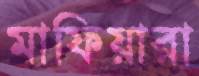
মাফিয়ারা